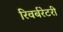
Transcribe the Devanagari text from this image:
रिवर्बरेटरी